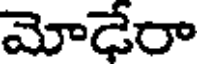
మోడేరా